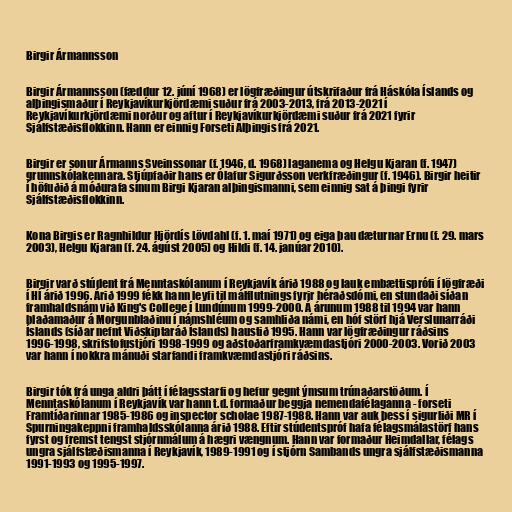
Birgir Ármannsson

Birgir Ármannsson (fæddur 12. júní 1968) er lögfræðingur útskrifaður frá Háskóla Íslands og
alþingismaður í Reykjavíkurkjördæmi suður frá 2003-2013, frá 2013-2021 í
Reykjavíkurkjördæmi norður og aftur í Reykjavíkurkjördæmi suður frá 2021 fyrir
Sjálfstæðisflokkinn. Hann er einnig Forseti Alþingis frá 2021.

Birgir er sonur Ármanns Sveinssonar (f. 1946, d. 1968) laganema og Helgu Kjaran (f. 1947)
grunnskólakennara. Stjúpfaðir hans er Ólafur Sigurðsson verkfræðingur (f. 1946). Birgir heitir
í höfuðið á móðurafa sínum Birgi Kjaran alþingismanni, sem einnig sat á þingi fyrir
Sjálfstæðisflokkinn.

Kona Birgis er Ragnhildur Hjördís Lövdahl (f. 1. maí 1971) og eiga þau dæturnar Ernu (f. 29. mars
2003), Helgu Kjaran (f. 24. ágúst 2005) og Hildi (f. 14. janúar 2010).

Birgir varð stúdent frá Menntaskólanum í Reykjavík árið 1988 og lauk embættisprófi í lögfræði
í HÍ árið 1996. Árið 1999 fékk hann leyfi til málflutnings fyrir héraðsdómi, en stundaði síðan
framhaldsnám við King's College í Lundúnum 1999-2000. Á árunum 1988 til 1994 var hann
blaðamaður á Morgunblaðinu í námshléum og samhliða námi, en hóf störf hjá Verslunarráði
Íslands (síðar nefnt Viðskiptaráð Íslands) haustið 1995. Hann var lögfræðingur ráðsins
1996-1998, skrifstofustjóri 1998-1999 og aðstoðarframkvæmdastjóri 2000-2003. Vorið 2003
var hann í nokkra mánuði starfandi framkvæmdastjóri ráðsins.

Birgir tók frá unga aldri þátt í félagsstarfi og hefur gegnt ýmsum trúnaðarstöðum. Í
Menntaskólanum í Reykjavík var hann t.d. formaður beggja nemendafélaganna - forseti
Framtíðarinnar 1985-1986 og inspector scholae 1987-1988. Hann var auk þess í sigurliði MR í
Spurningakeppni framhaldsskólanna árið 1988. Eftir stúdentspróf hafa félagsmálastörf hans
fyrst og fremst tengst stjórnmálum á hægri vængnum. Hann var formaður Heimdallar, félags
ungra sjálfstæðismanna í Reykjavík, 1989-1991 og í stjórn Sambands ungra sjálfstæðismanna
1991-1993 og 1995-1997.